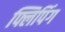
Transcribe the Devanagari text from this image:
फ्लिपिंग